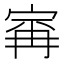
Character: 𰍆